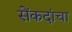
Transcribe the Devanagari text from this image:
सेंकदांचा